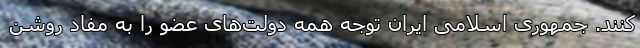
کنند. جمهوری اسلامی ایران توجه همه دولت­‌های عضو را به مفاد روشن